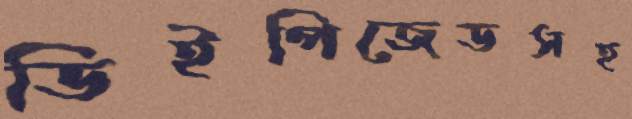
ডিইপিজেডসহ